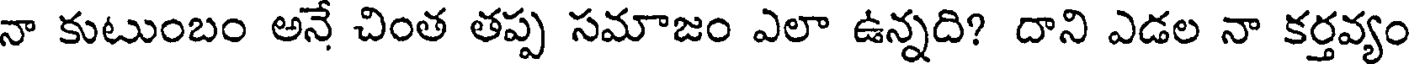
నా కుటుంబం అనే చింత తప్ప సమాజం ఎలా ఉన్నది? దాని ఎడల నా కర్తవ్యం